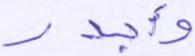
وأجدر